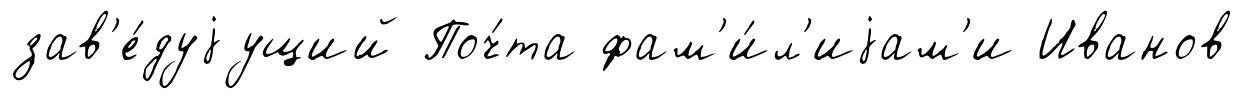
зав'е́дуjущий Поч́та фам'и́л'иjам'и Иванов